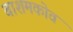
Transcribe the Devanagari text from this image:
बाशमकोव